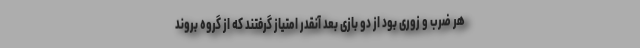
هر ضرب و زوری بود از دو بازی بعد آنقدر امتیاز گرفتند که از گروه بروند